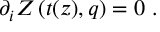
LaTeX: \partial _ { i } Z \left( t ( z ) , q \right) = 0 \ .